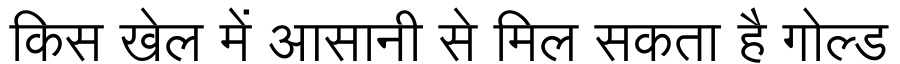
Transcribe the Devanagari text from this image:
किस खेल में आसानी से मिल सकता है गोल्ड